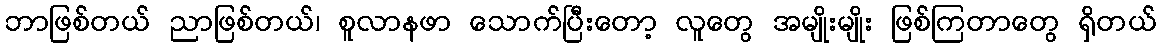
ဘာဖြစ်တယ် ညာဖြစ်တယ်၊ စူလာနဖာ သောက်ပြီးတော့ လူတွေ အမျိုးမျိုး ဖြစ်ကြတာတွေ ရှိတယ်